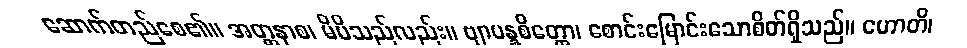
ဆောက်တည်စေ၏။ အတ္တနာစ၊ မိမိသည်လည်း။ ဗျာပန္နစိတ္တော၊ စောင်းမြောင်းသောစိတ်ရှိသည်။ ဟောတိ၊